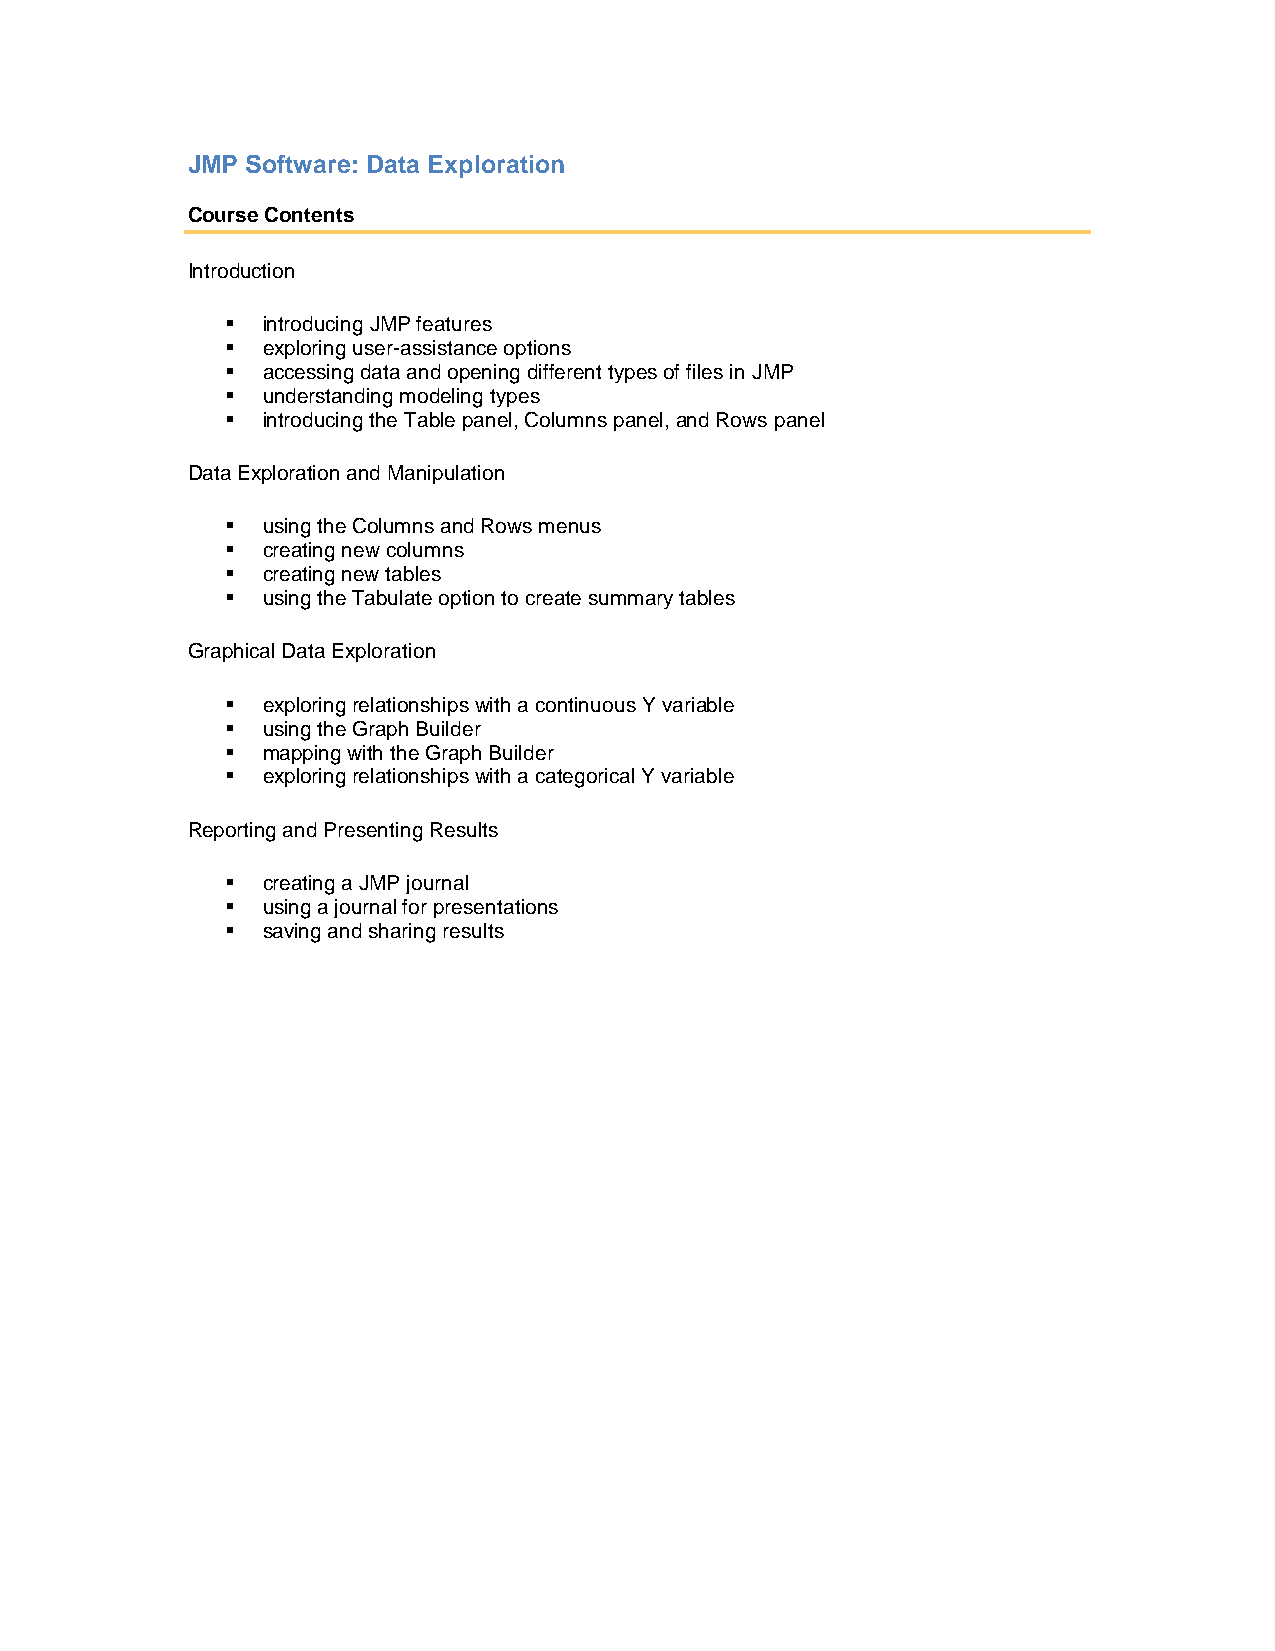
JMP Software: Data Exploration
 Course Contents
 Introduction
  introducing JMP features
  exploring user-assistance options
  accessing data and opening different types of files in JMP
  understanding modeling types
  introducing the Table panel, Columns panel, and Rows panel
 Data Exploration and Manipulation
  using the Columns and Rows menus
  creating new columns
  creating new tables
  using the Tabulate option to create summary tables
 Graphical Data Exploration
  exploring relationships with a continuous Y variable
  using the Graph Builder
  mapping with the Graph Builder
  exploring relationships with a categorical Y variable
 Reporting and Presenting Results
  creating a JMP journal
  using a journal for presentations
  saving and sharing results